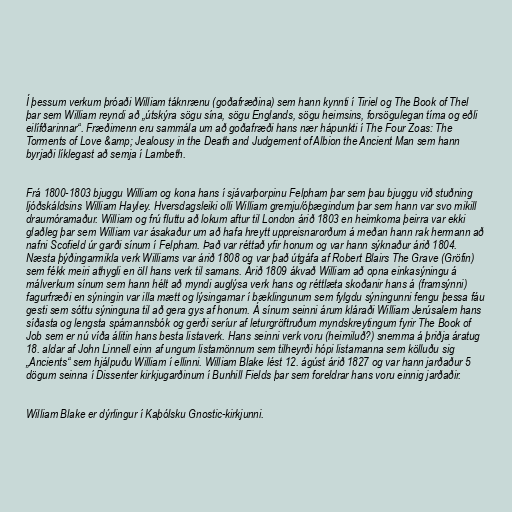
Í þessum verkum þróaði William táknrænu (goðafræðina) sem hann kynnti í Tiriel og The Book of Thel
þar sem William reyndi að „útskýra sögu sína, sögu Englands, sögu heimsins, forsögulegan tíma og eðli
eilífðarinnar“. Fræðimenn eru sammála um að goðafræði hans nær hápunkti í The Four Zoas: The
Torments of Love &amp; Jealousy in the Death and Judgement of Albion the Ancient Man sem hann
byrjaði líklegast að semja í Lambeth.

Frá 1800-1803 bjuggu William og kona hans í sjávarþorpinu Felpham þar sem þau bjuggu við stuðning
ljóðskáldsins William Hayley. Hversdagsleiki olli William gremju/óþægindum þar sem hann var svo mikill
draumóramaður. William og frú fluttu að lokum aftur til London árið 1803 en heimkoma þeirra var ekki
glaðleg þar sem William var ásakaður um að hafa hreytt uppreisnarorðum á meðan hann rak hermann að
nafni Scofield úr garði sínum í Felpham. Það var réttað yfir honum og var hann sýknaður árið 1804.
Næsta þýðingarmikla verk Williams var árið 1808 og var það útgáfa af Robert Blairs The Grave (Gröfin)
sem fékk meiri athygli en öll hans verk til samans. Árið 1809 ákvað William að opna einkasýningu á
málverkum sínum sem hann hélt að myndi auglýsa verk hans og réttlæta skoðanir hans á (framsýnni)
fagurfræði en sýningin var illa mætt og lýsingarnar í bæklingunum sem fylgdu sýningunni fengu þessa fáu
gesti sem sóttu sýninguna til að gera gys af honum. Á sínum seinni árum kláraði William Jerúsalem hans
síðasta og lengsta spámannsbók og gerði seríur af leturgröftruðum myndskreytingum fyrir The Book of
Job sem er nú víða álitin hans besta listaverk. Hans seinni verk voru (heimiluð?) snemma á þriðja áratug
18. aldar af John Linnell einn af ungum listamönnum sem tilheyrði hópi listamanna sem kölluðu sig
„Ancients“ sem hjálpuðu William í ellinni. William Blake lést 12. ágúst árið 1827 og var hann jarðaður 5
dögum seinna í Dissenter kirkjugarðinum í Bunhill Fields þar sem foreldrar hans voru einnig jarðaðir.

William Blake er dýrlingur í Kaþólsku Gnostic-kirkjunni.